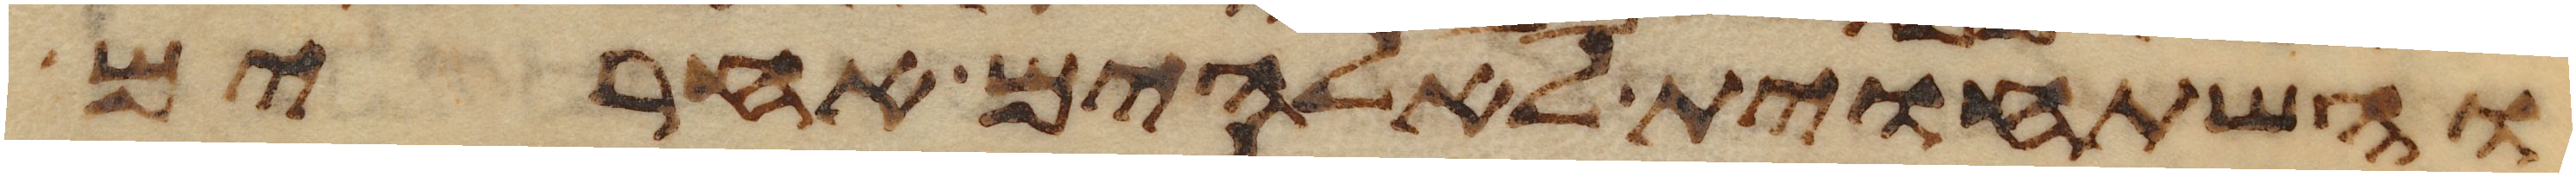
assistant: והשתחוית לאלהים אחרים